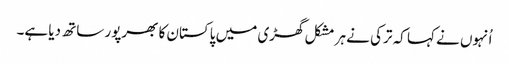
اُنہوں نے کہا کہ ترکی نے ہر مشکل گھڑی میں پاکستان کا بھرپور ساتھ دیا ہے۔